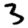
Digit: 3